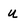
Character: u